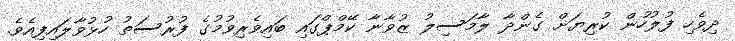
ދިވެހި ފުލުހުން ކުރިޔަށް ގެންދާ ލާމަސިލު ޒުވާނާ ކޭމްޕްގައި ބައިވެރިވުމުގެ ފުރުސަތު ހުޅުވާލައިފިއެވެ.